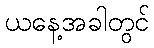
ယနေ့အခါတွင်